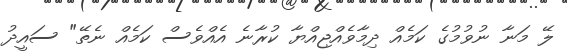
ލޭ މަނާ ނުވުމުގެ ކަމެއް ދިމާވެއްޖިއްޔާ ކުރާނެ އެއްވެސް ކަމެއް ނެތޭ" ސައީދު